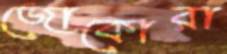
জোকোরা